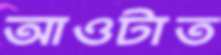
আওটাত